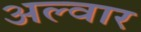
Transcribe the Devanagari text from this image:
अल्‍वार